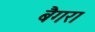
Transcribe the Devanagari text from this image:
बैगरा